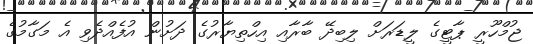
ޖުމްހޫރީ ޕާޓީގެ ލީޑަރަށް ލިބިދޭ ބާރާއި އިހްތިޔާރުގެ ދަށުން އުފެއްދެވި އެ މަގާމުގެ